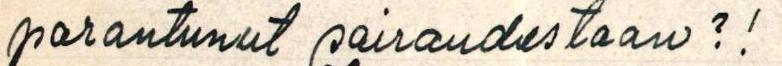
parantunut sairaudestaan?!